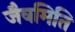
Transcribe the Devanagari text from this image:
जैवमिति